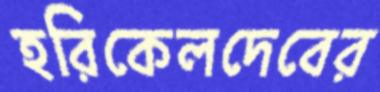
হরিকেলদেবের